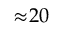
{ \approx } 2 0 \